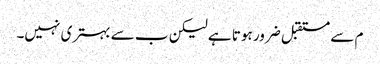
م سے مستقبل ضرور ہوتا ہے لیکن ب سے بہتری نہیں۔